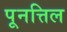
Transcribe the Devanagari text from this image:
पूनत्तिल